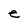
Character: e